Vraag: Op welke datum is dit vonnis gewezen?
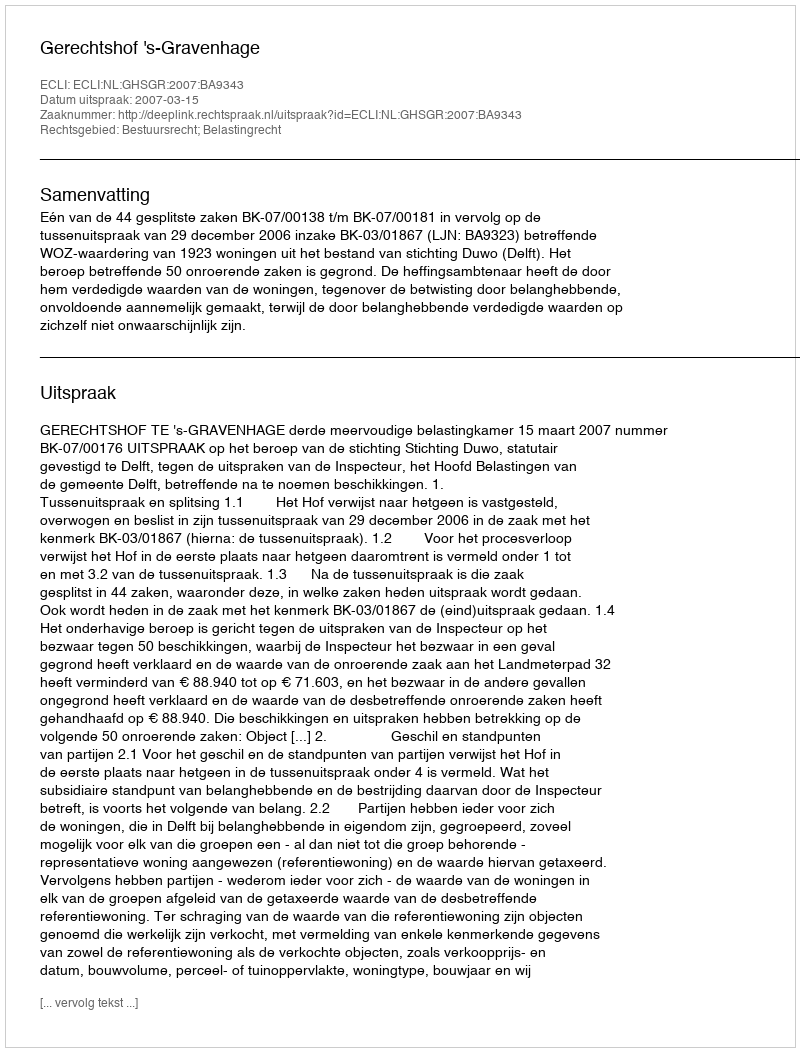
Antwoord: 2007-03-15